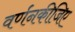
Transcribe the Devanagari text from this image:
वर्णनकीजिए